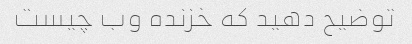
توضیح دهید که خزنده وب چیست